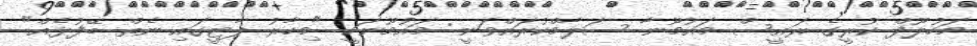
މަހުލޫފް ކުރީގެ ރައީސް މައުމޫނާ ސަލާމްކުރައްވަނީ: މައުމޫނަކީ "މިހާރު ޕާޓީގައި ނެތް ބޭފުޅެއް"